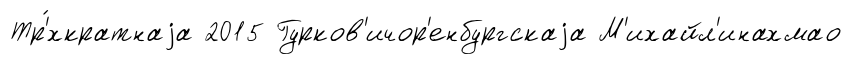
Тр'́хкратнаjа 2015 Гурков'ичор'енбургскаjа М'ихайл'инахмао